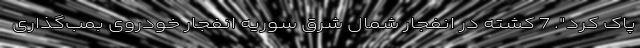
پاک کرد". 7 کشته در انفجار شمال شرق سوریه انفجار خودروی بمب‌گذاری